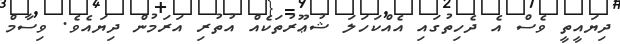
ދިޔައީތީ ވެސް އެ ދެހިތުގައި އެއްކަހަލަ ޝުޢޫރުތަކެއް އުތުރި އަރަމުން ދިޔައެވެ. ވިސާމް